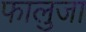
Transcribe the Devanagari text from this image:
फालुजा